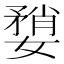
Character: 𫱶